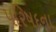
પરિષદના